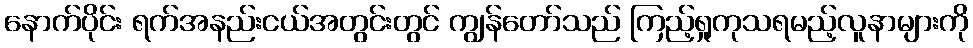
နောက်ပိုင်း ရက်အနည်းငယ်အတွင်းတွင် ကျွန်တော်သည် ကြည့်ရှုကုသရမည့်လူနာများကို